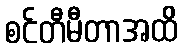
စင်တီမီတာအထိ